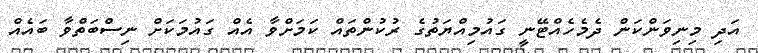
އަދި މިނިވަންކަން ދެމެހެއްޓޭނީ ގައުމިއްޔަތުގެ ރުކުންތައް ކަމަށްވާ އެއް ގައުމަކަށް ނިސްބަތްވާ ބައެއް